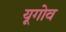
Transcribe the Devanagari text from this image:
यूगोव